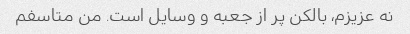
نه عزیزم، بالکن پر از جعبه و وسایل است. من متاسفم